Scottish Leaving Certificate Examination, 1957
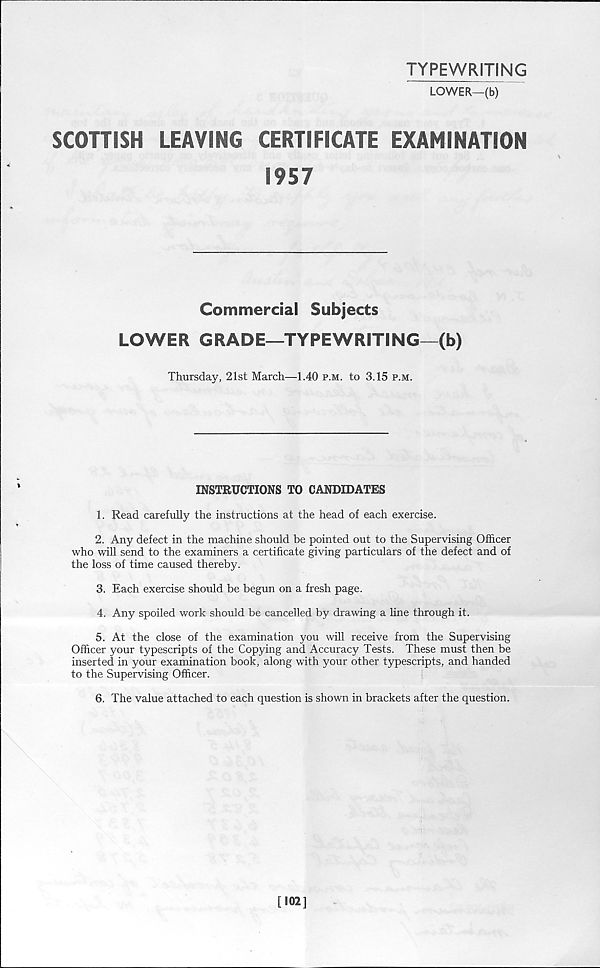
TYPEWRITING
LOWER—(b)
SCOTTISH
LEAVING
CERTIFICATE EXAMINATION
1957
Commercial Subjects
LOWER GRADE—TYPEWRITING—(b)
Thursday, 21st March—1.40 p.m. to 3.15 p.m.
INSTRUCTIONS TO CANDIDATES
1. Read carefully the instructions at the head of each exercise.
2. Any defect in the machine should be pointed out to the Supervising Officer
who will send to the examiners a certificate giving particulars of the defect and of
the loss of time caused thereby.
3. Each exercise should be begun on a fresh page.
4. Any spoiled work should be cancelled by drawing a line through it.
5. At the close of the examination you will receive from the Supervising
Officer your typescripts of the Copying and Accuracy Tests. These must then be
inserted in your examination book, along with your other typescripts, and handed
to the Supervising Officer.
6. The value attached to each question is shown in brackets after the question.
i
[102]